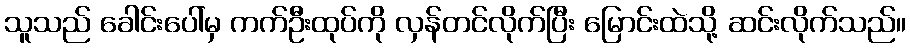
သူသည် ခေါင်းပေါ်မှ ကက်ဦးထုပ်ကို လှန်တင်လိုက်ပြီး မြောင်းထဲသို့ ဆင်းလိုက်သည်။